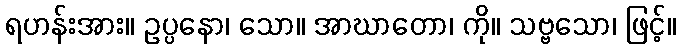
ရဟန်းအား။ ဥပ္ပနော၊ သော။ အာဃာတော၊ ကို။ သဗ္ဗသော၊ ဖြင့်။